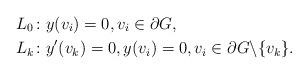
LaTeX: \begin{align*} L_0 \colon & y(v_i) = 0, v_i \in \partial G, \\ L_k \colon & y'(v_k) = 0, y(v_i) = 0, v_i \in \partial G \backslash \{ v_k \}.\end{align*}